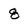
Character: g